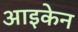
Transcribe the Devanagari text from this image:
आइकेन